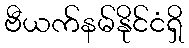
ဗီယက်နမ်နိုင်ငံရှိ